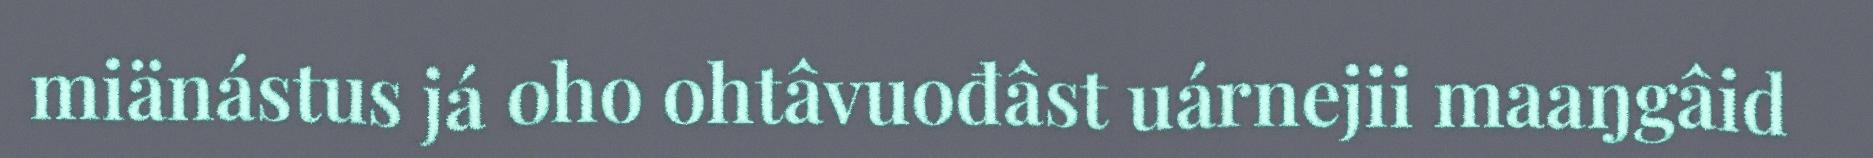
miänástus já oho ohtâvuođâst uárnejii maaŋgâid